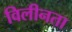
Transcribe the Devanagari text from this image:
विलीनता